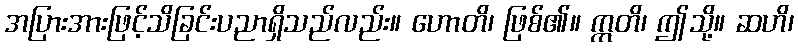
အပြားအားဖြင့်သိခြင်းပညာရှိသည်လည်း။ ဟောတိ၊ ဖြစ်၏။ ဣတိ၊ ဤသို့။ ဆဟိ၊